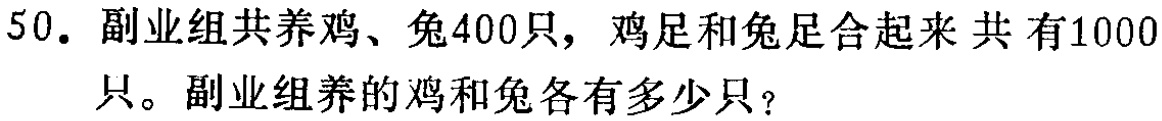
50. 副业组共养鸡、兔400只，鸡足和兔足合起来 共 有1000只。副业组养的鸡和兔各有多少只？